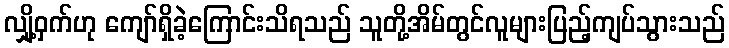
လျှို့ဝှက်ဟု ကျော်ရှိခဲ့ကြောင်းသိရသည် သူတို့အိမ်တွင်လူများပြည့်ကျပ်သွားသည်